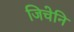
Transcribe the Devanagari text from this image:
जिचेनि